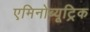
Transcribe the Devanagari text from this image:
एमिनोब्यूट्रिक